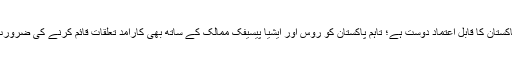
چین پاکستان کا قابل اعتماد دوست ہے؛ تاہم پاکستان کو روس اور ایشیا پیسیفک ممالک کے ساتھ بھی کارآمد تعلقات قائم کرنے کی ضرورت ہے۔